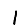
Digit: 1